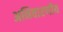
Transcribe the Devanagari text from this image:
अनिवारणीय